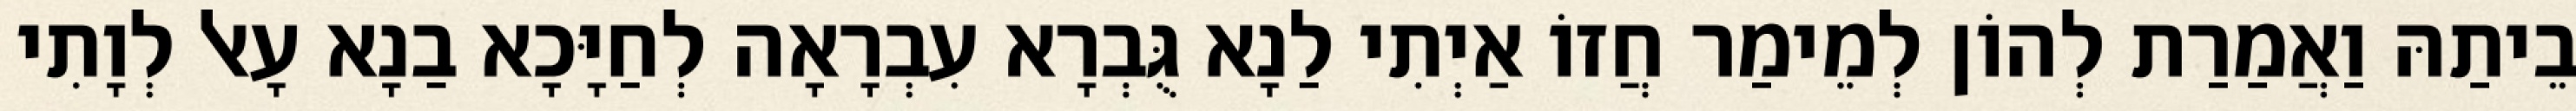
בֵיתַהּ וַאֲמַרַת לְהוֹן לְמֵימַר חֲזוֹ אַיְתִי לַנָא גֻּבְרָא עִבְרָאָה לְחַיָּכָא בַנָא עָאל לְוָתִי